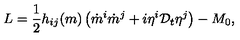
L = \frac { 1 } { 2 } h _ { i j } ( m ) \left( \dot { m } ^ { i } \dot { m } ^ { j } + i \eta ^ { i } { \cal D } _ { t } \eta ^ { j } \right) - M _ { 0 } ,